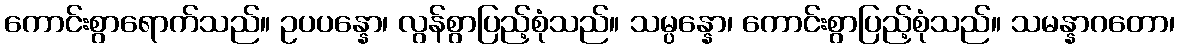
ကောင်းစွာရောက်သည်။ ဥပပန္နော၊ လွန်စွာပြည့်စုံသည်။ သမ္ပန္နော၊ ကောင်းစွာပြည့်စုံသည်။ သမန္နာဂတော၊